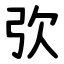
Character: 弞